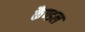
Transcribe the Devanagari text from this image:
कैण्डल